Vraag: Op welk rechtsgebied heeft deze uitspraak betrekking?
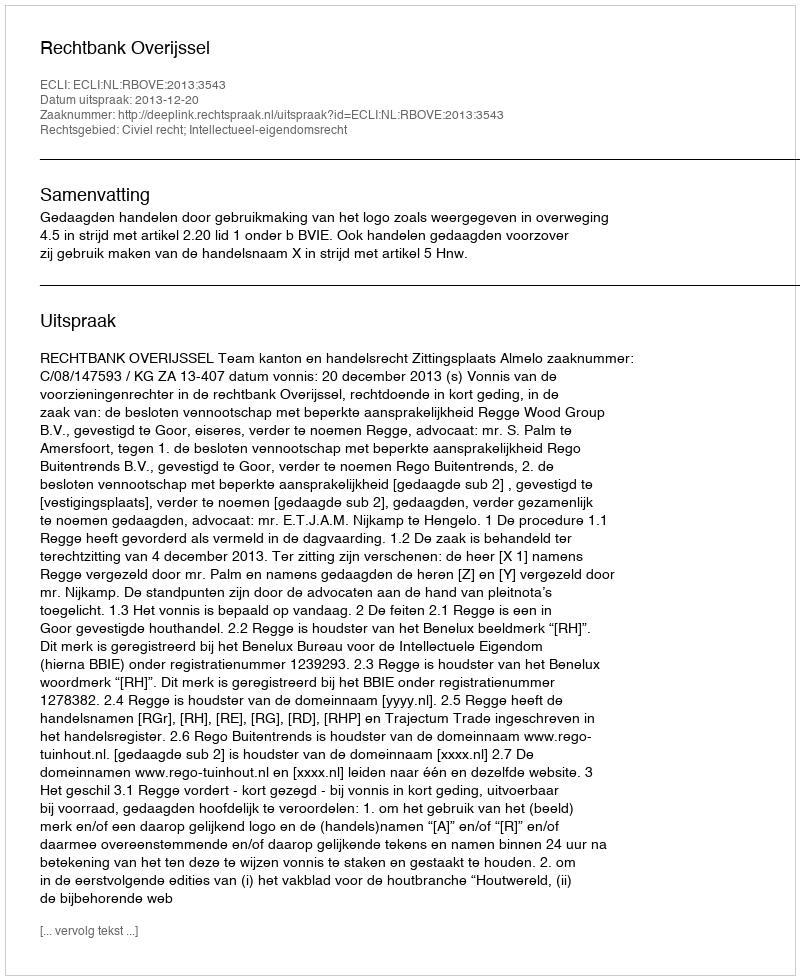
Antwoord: Civiel recht; Intellectueel-eigendomsrecht